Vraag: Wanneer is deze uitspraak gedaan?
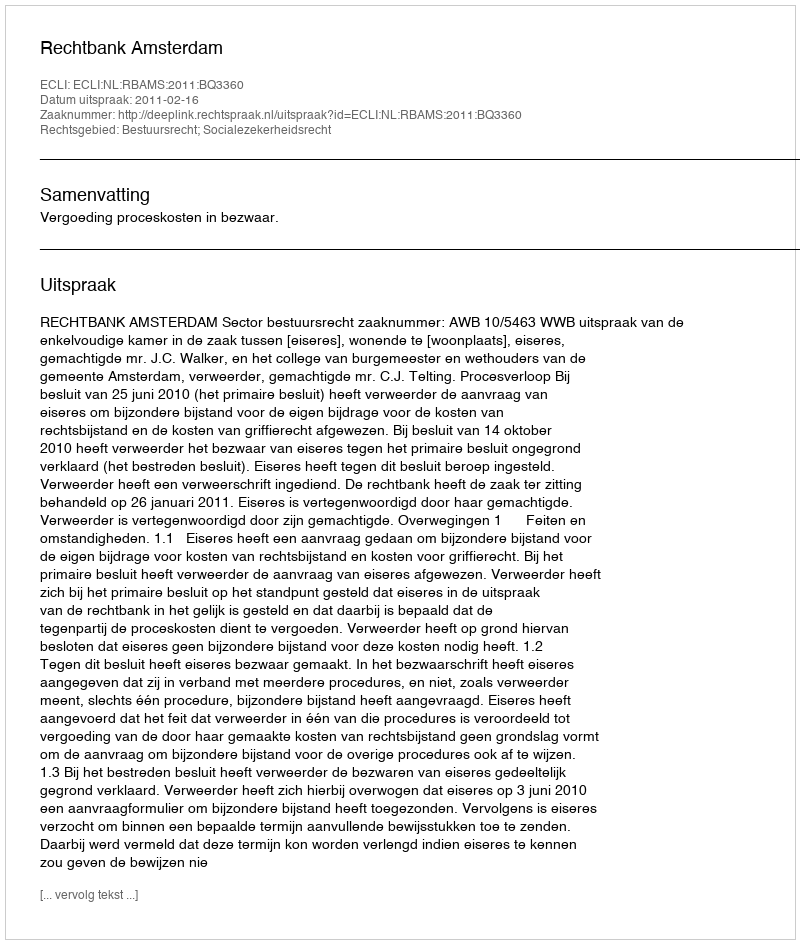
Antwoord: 2011-02-16